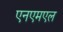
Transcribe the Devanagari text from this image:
एनएमएल